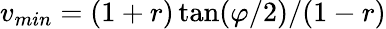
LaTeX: v_{min}=(1+r)\tan(\varphi/2)/(1-r)